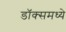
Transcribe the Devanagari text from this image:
डॉक्समध्ये